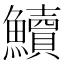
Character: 𩽆